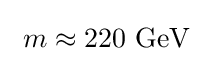
\ m\approx 220\ \mathrm {GeV} ~